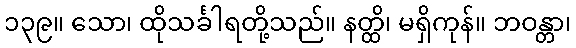
၁၃၉။ သော၊ ထိုသင်္ခါရတို့သည်။ နတ္ထိ၊ မရှိကုန်။ ဘဝန္တာ၊